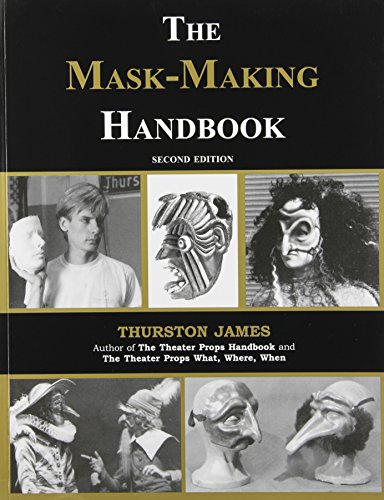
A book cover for The Mask-Making Handbook; Thurston James; Arts & Photography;